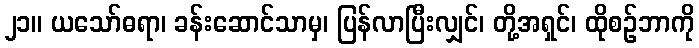
၂၁။ ယသော်ဓရာ၊ ခန်းဆောင်သာမှ၊ ပြန်လာပြီးလျှင်၊ တို့အရှင်၊ ထိုစဉ်ဘာကို